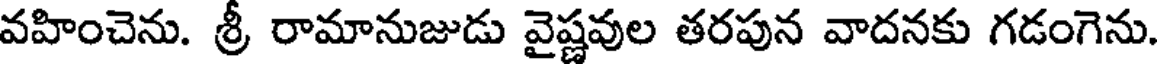
వహించెను. శ్రీ రామానుజుడు వైష్ణవుల తరపున వాదనకు గడంగెను.